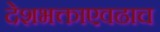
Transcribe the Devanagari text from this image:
देशभक्ताएवढाच